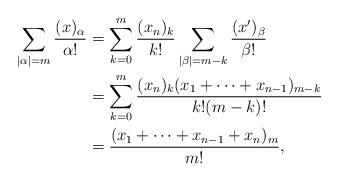
LaTeX: \begin{align*} \sum_{|\alpha|=m}\frac{(x)_\alpha}{\alpha!} &= \sum_{k=0}^m\frac{(x_n)_k}{k!}\sum_{|\beta|=m-k}\frac{(x')_{\beta}}{\beta!}\\ &= \sum_{k=0}^m\frac{(x_n)_k(x_1+\cdots+x_{n-1})_{m-k}}{k!(m-k)!}\\ &= \frac{(x_1+\cdots+x_{n-1}+x_n)_m}{m!},\end{align*}